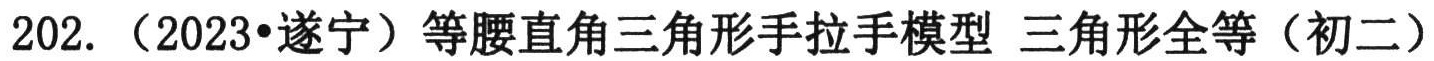
202.（2023•遂宁）等腰直角三角形手拉手模型 三角形全等（初二）